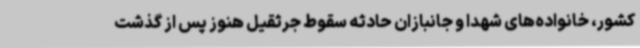
کشور، خانواده‌های شهدا و جانبازان حادثه سقوط جرثقیل هنوز پس از گذشت